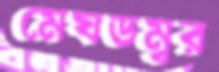
মেঘডম্বর